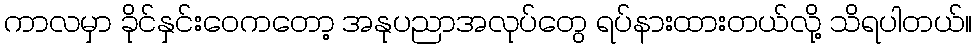
ကာလမှာ ခိုင်နှင်းဝေကတော့ အနုပညာအလုပ်တွေ ရပ်နားထားတယ်လို့ သိရပါတယ်။